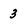
Character: 3